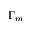
\Gamma _ { m }